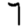
Digit: 7